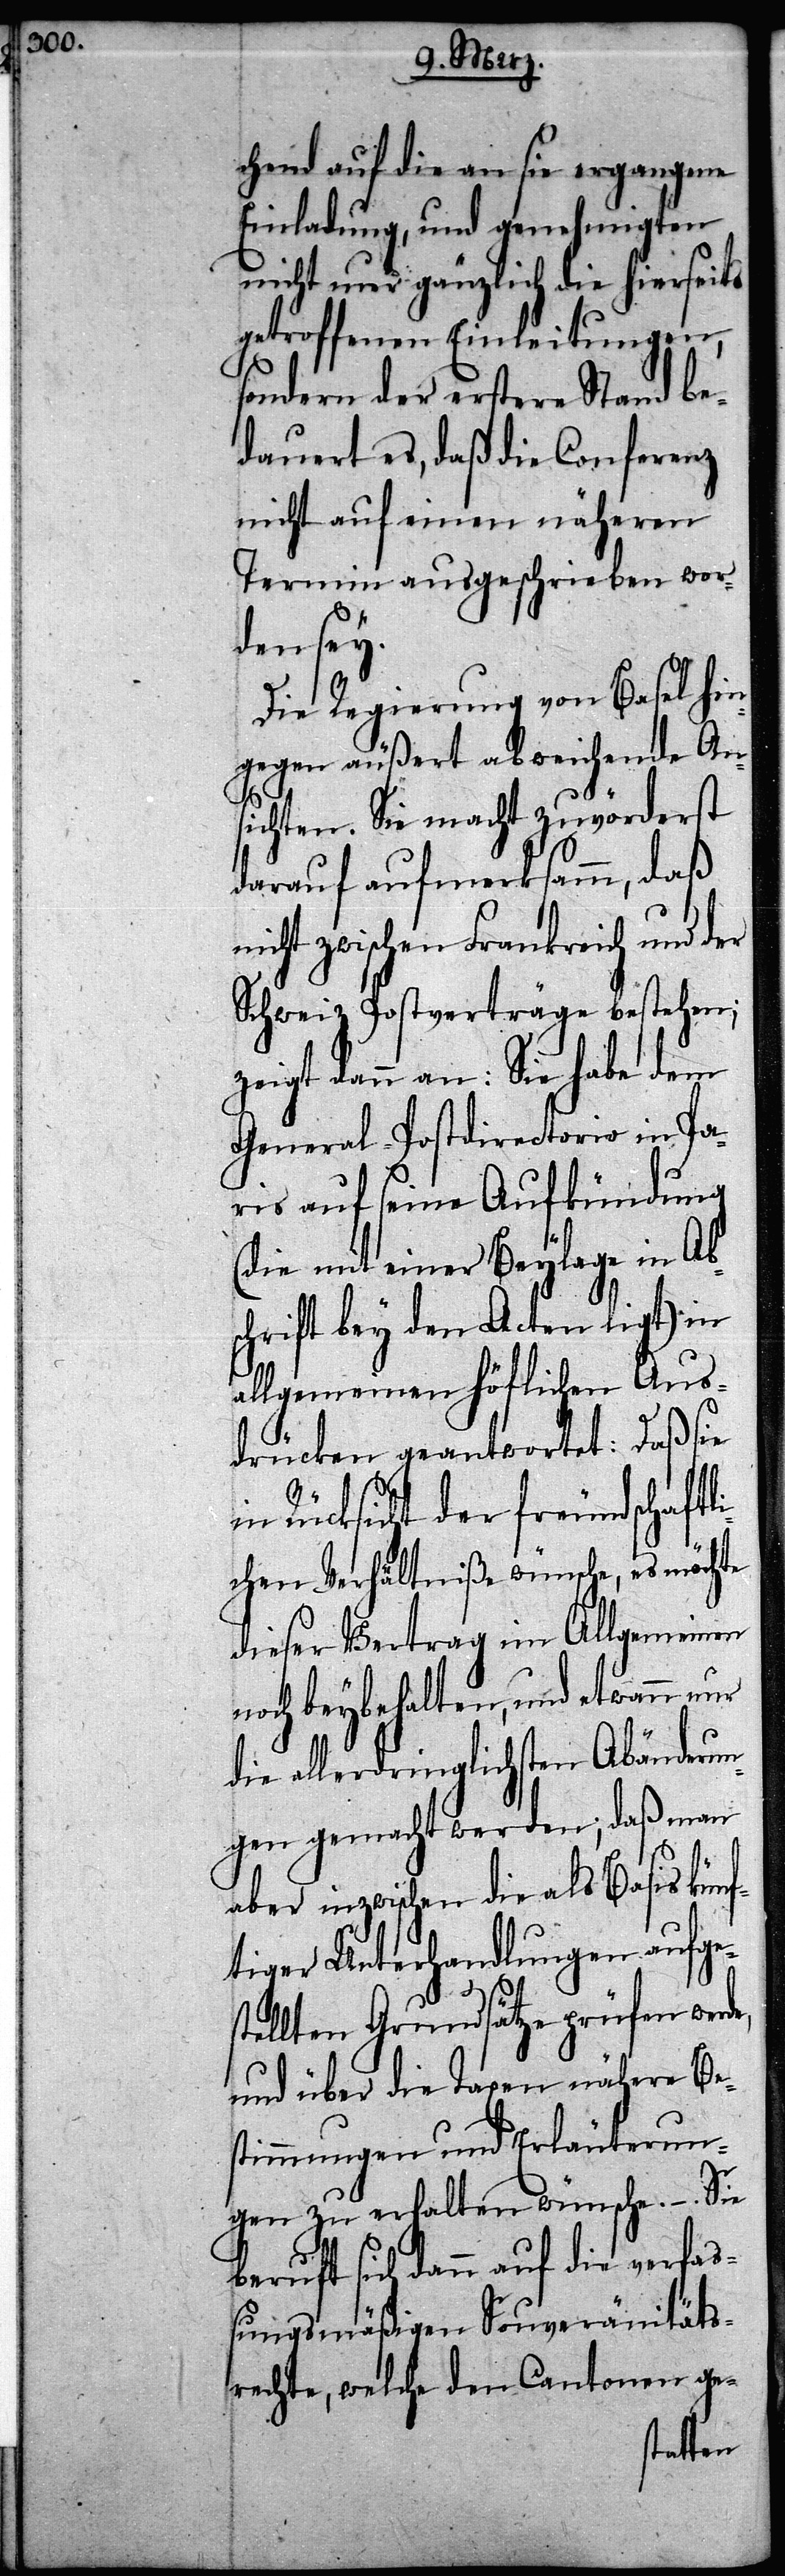
chend auf die an sie ergangene
Einladung, und genehmigten
nicht nur gänzlich
getroffenen Einlei¬
sondern der erstere
dauert es, daß die
nicht auf einen näh¬
Termin ausgeschrie¬
den sey.
d¬
Die Regierung von
hingegen äußert abweich¬
de,
ichten. Sei macht
darauf aufmerksamm, daß
nicht zwischen Frankreich und
Schweiz Postverträge bestehen;
zeigt dann an: Sie habe dem
General-Postdirectorio in Pa¬
ris auf seine Aufkündung
(die mit einer Beylage in Ab¬
schrift bey den Acten ligt) in
allgemeinen höflichen Aus¬
drücken geantwortet: daß sie
n Rücksicht der freundschaftl¬
ichen Verhältniße wünsche, es möchte
dieser Vertrag im Allgemeinen
noch beybehalten, und etwann nur
die allerdringlichsten Abänderu¬
aß man
ngen gemacht werden;
kün¬
aber inzwischen die als B¬
ftiger Unterhandlungen aufge¬
stellten Grundsätze prüfen wer¬
und über die Taxen nähere Be¬
stimmungen und Erläuterun¬
gen zu erhalten wünsche. – Sie
beruft sich dann auf die verfaß¬
ungsmäßigen Souveränitäts¬
rechte, welche den Cantonen ge-